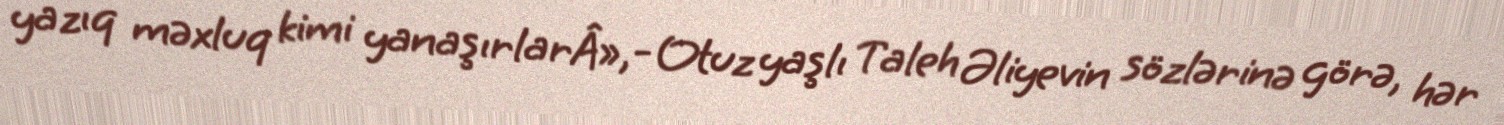
yazıq məxluq kimi yanaşırlarÂ»,- Otuz yaşlı Taleh Əliyevin sözlərinə görə, hər